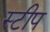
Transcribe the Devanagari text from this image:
स्टीप